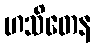
ဟသိတေန